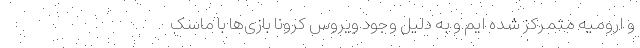
و ارومیه متمرکز شده ایم و به دلیل وجود ویروس کرونا بازی‌ها با ماسک